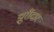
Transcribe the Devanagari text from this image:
झुरींदार